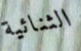
الثنائية